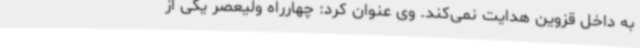
به داخل قزوین هدایت نمی‌کند. وی عنوان کرد: چهارراه ولیعصر یکی از